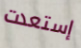
إستعدت